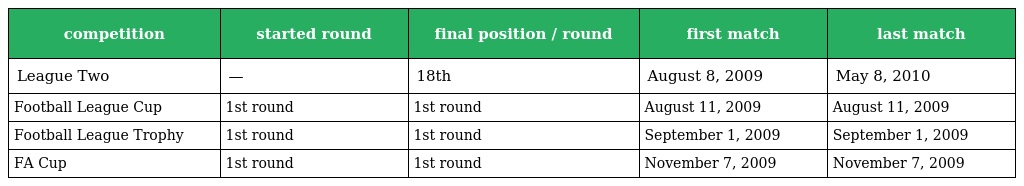
| competition | started round | final position / round | first match | last match |
 | --- | --- | --- | --- | --- |
 | League Two | — | 18th | August 8, 2009 | May 8, 2010 |
 | Football League Cup | 1st round | 1st round | August 11, 2009 | August 11, 2009 |
 | Football League Trophy | 1st round | 1st round | September 1, 2009 | September 1, 2009 |
 | FA Cup | 1st round | 1st round | November 7, 2009 | November 7, 2009 |